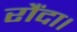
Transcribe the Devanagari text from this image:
रौंदा।